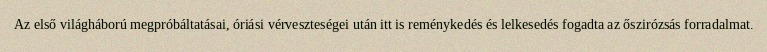
Az első világháború megpróbáltatásai, óriási vérveszteségei után itt is reménykedés és lelkesedés fogadta az őszirózsás forradalmat.